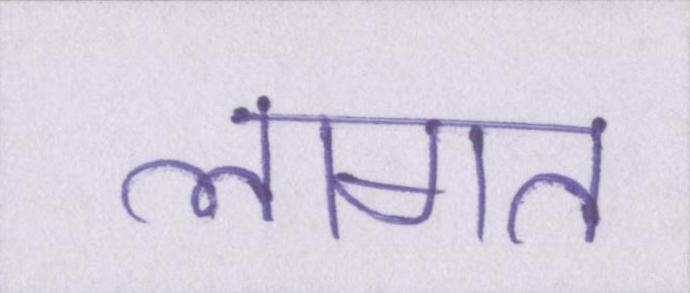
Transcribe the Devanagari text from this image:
लागत